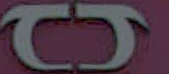
b